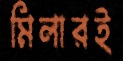
মিলারই